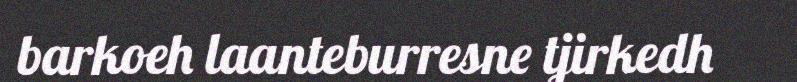
barkoeh laanteburresne tjirkedh